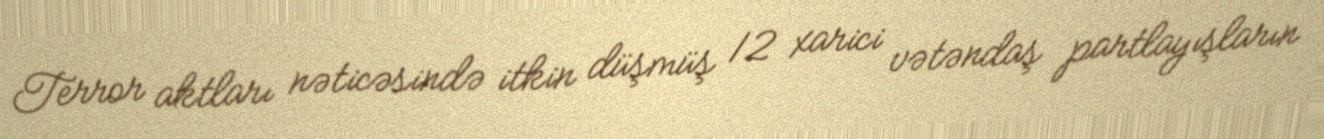
Terror aktları nəticəsində itkin düşmüş 12 xarici vətəndaş partlayışların